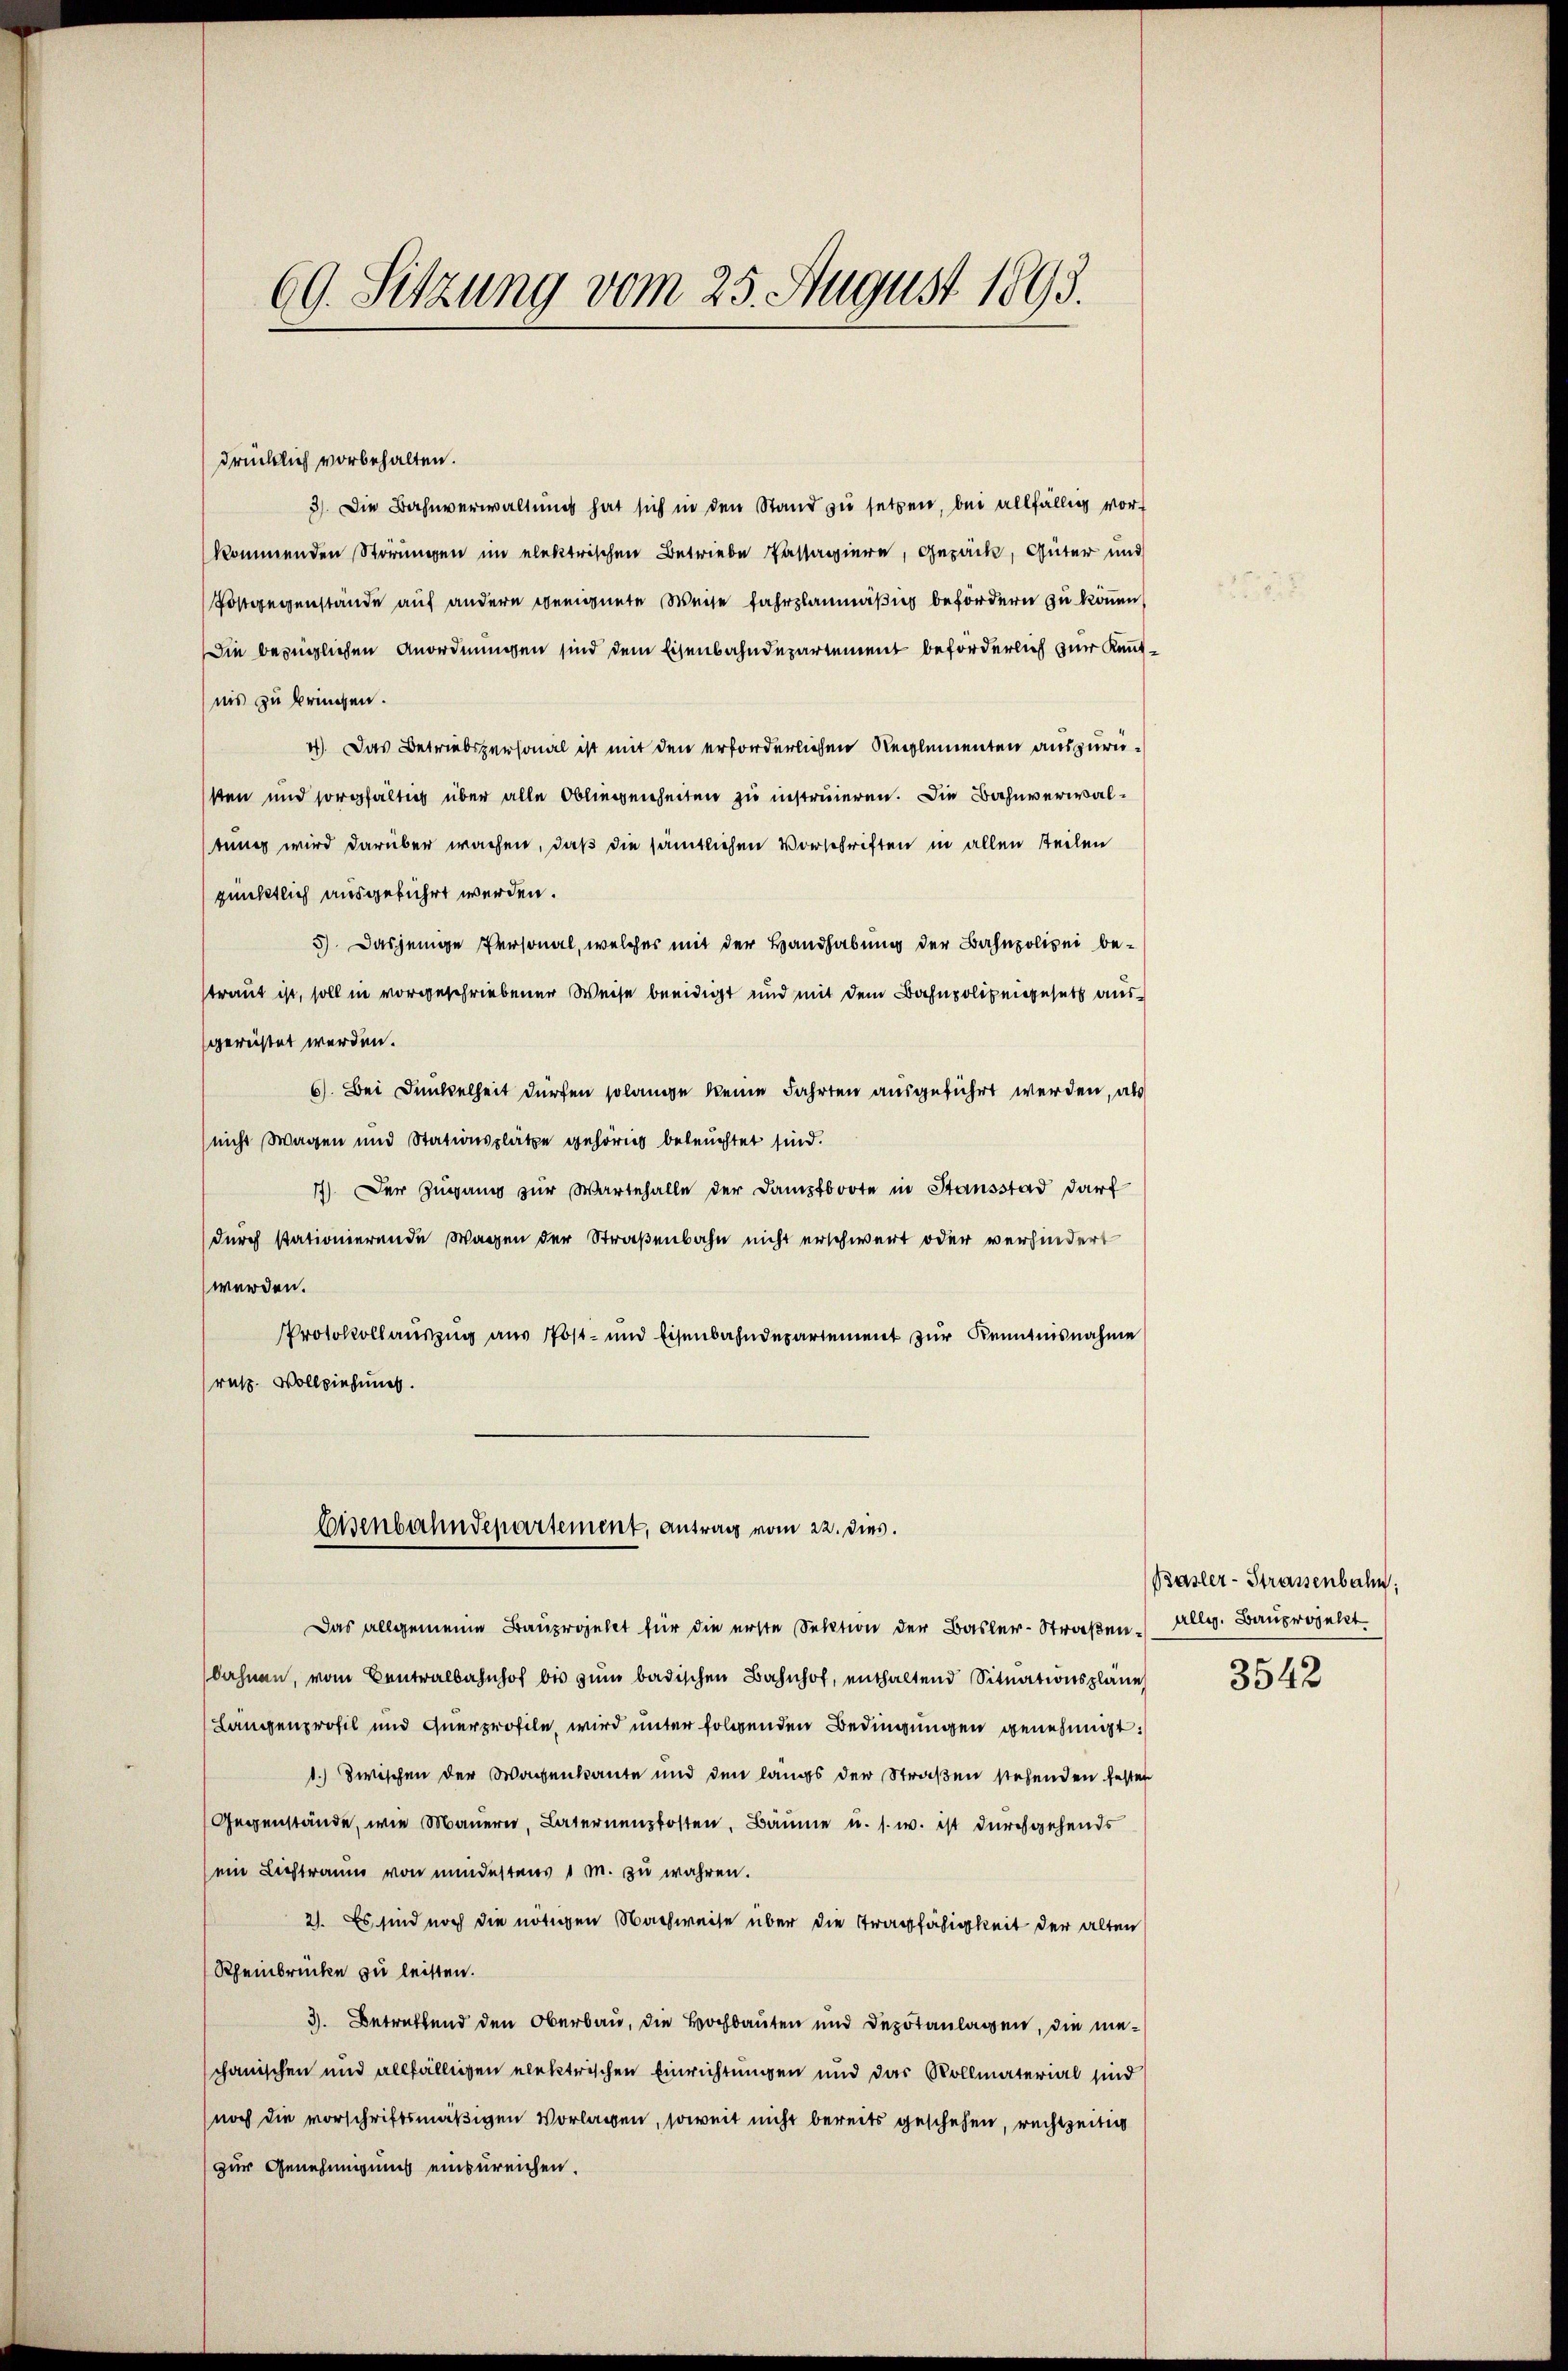
69. Sitzung vom 25. August 1893.

drücklich vorbehalten.
3). Die Bahnverwaltung hat sich in den Stand zu setzen, bei allfällig vor
kommenden Störungen im elektrischen Betriebe Passagiere, Gepäck, Güter und
Postgegenstände auf andern geeignete Weise fahrplanmäßig befördern zu können
Die bezüglichen Anordnungen sind dem Eisenbahndepartement beförderlich zur Kenntnis zu bringen.
4). Das Betriebspersonal ist mit den erforderlichen Reglementen auszurüsten und sorgfältig über alle Obliegenheiten zu instruieren. Die Bahnverwaltung wird darüber wachen, daß die sämtlichen Vorschriften in allen Teilen
pünktlich ausgeführt werden.
5). Dasjenige Personal, welcher mit der Handhabung der Bahnpolizei bestraut ist, soll in vorgeschriebener Weise beeidigt und mit dem Bahnpolizengesetz ausgerichtet werden.
6). Bei Dunkelheit dürfen solange keine Fahrten ausgeführt werden, als
(nicht Wagen und Stationsplätze gehörig beleuchtet sind.
17) Der Zugang zur Wartehalle der Dampfboote in Stausstad darf
durch stationierende Wagen der Straßenbahn nicht erschwert oder verhindert
werden.
Protokollauszug aus Post- und Eisenbahndepartement zur Kenntnisnahme
rutz. Vollziehung.

Das allgemeine Bauprojekt für die erste Sektion der Basler-Straßen. Allg. Bauprojekt
bahnen, vom Centralbahnhof bis zum badischen Bahnhof, enthaltend Situationspläne
Langenprofil und Querprofile, wird unter folgenden Bedingungen genehmigt.
1.) zwischen der Wachenkante und den längs der Straßen stehenden festen
Gegenstände, wie Mauern, Laternenzkosten, Bäume u. s. w. ist durchgehends
ein Lichtraum von mindestens 1 m. zu wahren.
21. Es sind noch die nötigen Nachweise über die Tragfähigkeit der alten
Rheinbrücke zu leisten.
3. Betreffend den Oberbau, die Bochbauten und Depotanlagen, die mechanischen und allfälligen elektrischen Einrichtungen und das Vollmaterial sind
noch die vorschriftsmäßigen Vorlagen, soweit nicht bereits geschehen, rechtzeitig
zur Genehmigung einzureichen.

Lisenbahndepartement, antrag vom 22. dies.

Basler-Strassenbahn.
3542